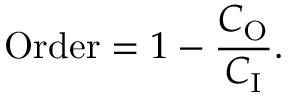
{ \mathrm { O r d e r } } = 1 - { \frac { C _ { \mathrm { O } } } { C _ { \mathrm { I } } } } .